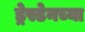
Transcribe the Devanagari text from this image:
ड्रेस्डेनच्या